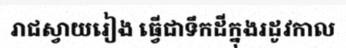
រាជស្វាយរៀង ធ្វើជាទឹកដីក្នុងរដូវកាល